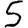
Digit: 5